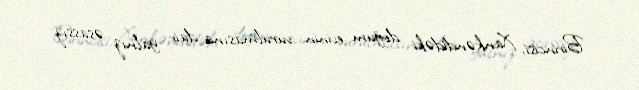
Birincisi, Xankəndidəki doğum evinin vurulmasına dair yalnız əsassız